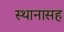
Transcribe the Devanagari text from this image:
स्थानासह